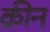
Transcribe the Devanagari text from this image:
क्रीन